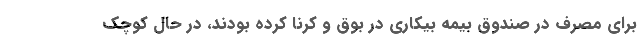
برای مصرف در صندوق بیمه بیکاری در بوق و کرنا کرده بودند، در حال کوچک